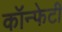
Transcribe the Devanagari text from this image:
कॉन्फेटी